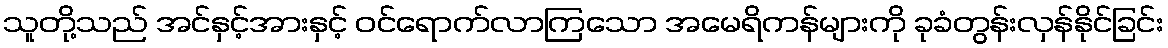
သူတို့သည် အင်နှင့်အားနှင့် ဝင်ရောက်လာကြသော အမေရိကန်များကို ခုခံတွန်းလှန်နိုင်ခြင်း